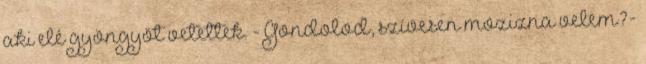
aki elé gyöngyöt vetettek. - Gondolod, szívesen mozizna velem?-